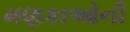
મણકાઓની